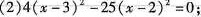
(2)$$4(x-3)^{2}-25(x-2)^{2}=0$$ ；